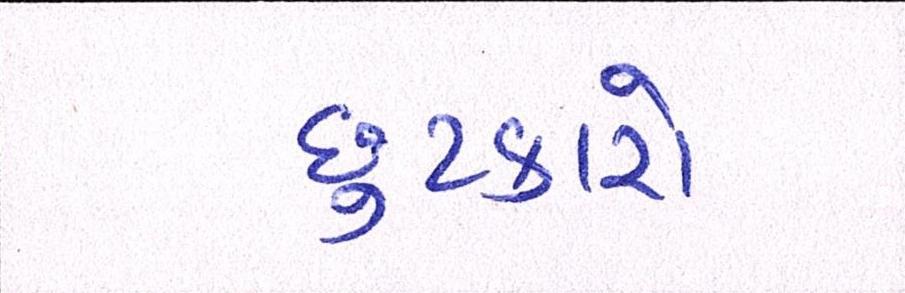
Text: છુટકારો